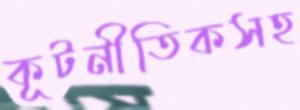
কূটনীতিকসহ